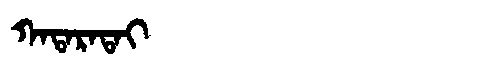
Manchu: ᡴᠠᡨᠠᡵᠠᡨᠠᡳ
Romanization: KATARATAI